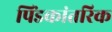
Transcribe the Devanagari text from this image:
पिंडकांतरिक